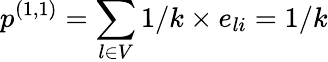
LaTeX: p^{(1,1)}=\sum_{l\in V}{1/k\times e_{li}}=1/k